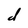
Character: d